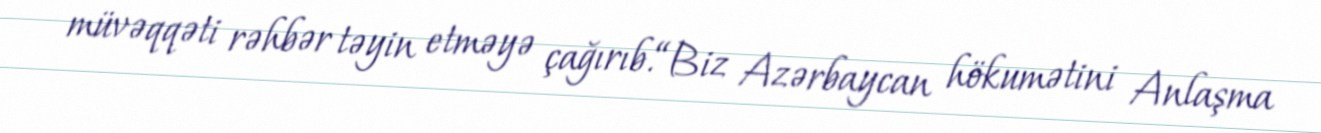
müvəqqəti rəhbər təyin etməyə çağırıb.“Biz Azərbaycan hökumətini Anlaşma